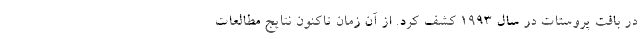
در بافت پروستات در سال ۱۹۹۳ کشف کرد. از آن زمان تاکنون نتایج مطالعات